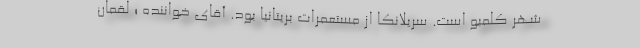
شهر کلمبو است. سریلانکا از مستعمرات بریتانیا بود. آقای خواننده ؛ لقمان